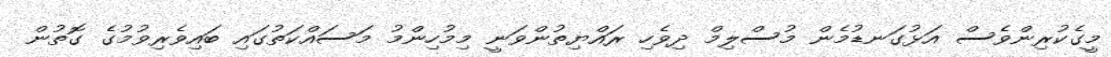
މީގެކުރިންވެސް އަޅުގަނޑުމެން މުސްލިމް ދިވެހި ރައްޔިތުންވަނީ މިމުހިންމު މަސައްކަތުގައި ބައިވެރިވުމުގެ ގޮތުން